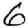
Digit: 6